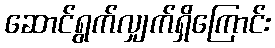
ဆောင်ရွက်လျှက်ရှိကြောင်း